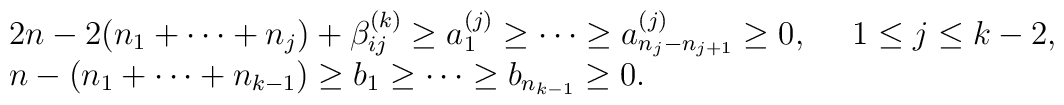
\begin{array}{l}2n-2(n_1 + \cdots + n_j )+\beta^{(k)}_{ij} \geq a^{(j)}_1 \geq \cdots \geq a^{(j)}_{n_j -n_{j+1}}\geq 0, ~~~~1 \leq j \leq k-2, \\n-(n_1 + \cdots +n_{k-1}) \geq b_1 \geq \cdots \geq b_{n_{k-1}} \geq 0.\end{array}